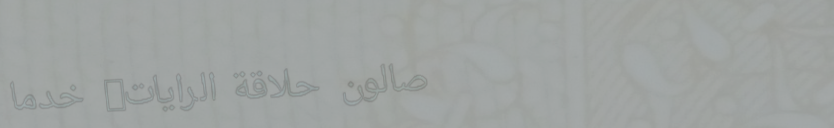
صالون حلاقة الرايات: خدما